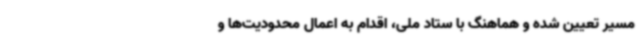
مسیر تعیین شده و هماهنگ با ستاد ملی، اقدام به اعمال محدودیت‌ها و